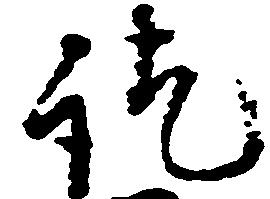
訖